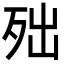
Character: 𣧪